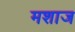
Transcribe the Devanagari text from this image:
मशाज